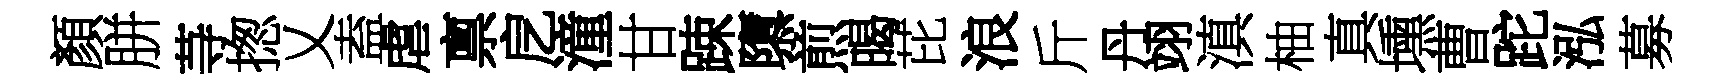
顏胼䒭揔乂盍虐禀戹潼甘踈隳煎暍芘浪斤丹翊滇柚真壎曹跎泓募